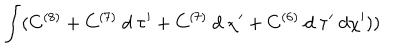
\int ( C ^ { ( 8 ) } + C ^ { ( 7 ) } ~ d ~ \tau ^ { \prime } + C ^ { ( 7 ) } ~ d ~ \chi ^ { \prime } + C ^ { ( 6 ) } ~ d ~ \tau ^ { \prime } ~ d \chi ^ { \prime } ) )